Indian journal of veterinary science and animal husbandry - Volume 11,
Year: 1941
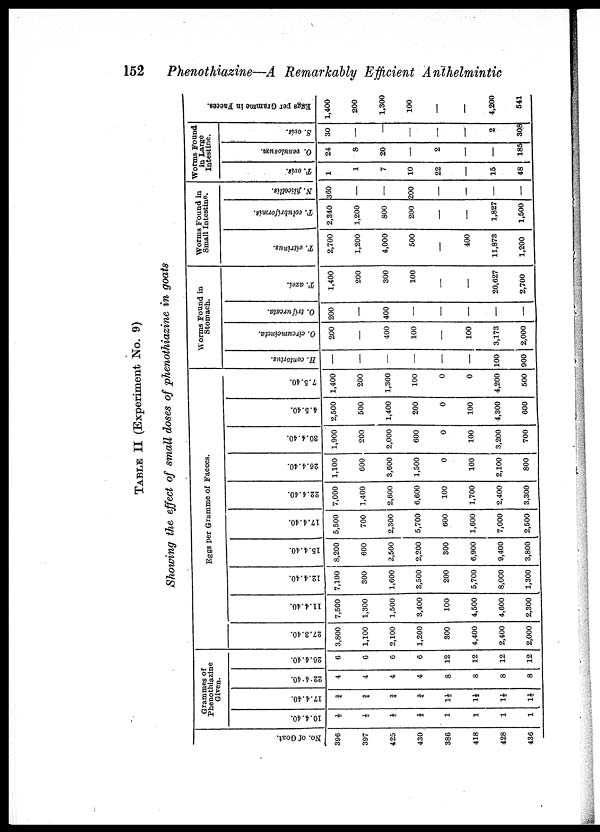
152 Phenothiazine—A Remarkably Efficient Anthelmintic
TABLE II (Experiment No. 9)
Showing the effect of small doses of phenothiazine in goats
No. of Goat.
396
397
425
430
386
418
428
436
Grammes of
Phenothiazine
Given.
10.4.40.
½
½
½
½
1
1
1
1
17.4.40.
¾
¾
¾
¾
1½
1½
1½
1½
22.4.40.
4
4
4
4
8
8
8
8
26.4.40.
6
6
6
6
12
12
12
12
Eggs per Gramme of Faeces.
27.3.40.
3,800
1,100
2,100
1,200
300
4,400
2,400
2,000
11.4.40.
7,500
1,300
1,500
3,400
100
4,500
4,600
2,300
12.4.40.
7,100
300
1,600
3,500
200
5,700
8,000
1,300
15.4.40.
8,200
600
2,500
2,200
300
6,900
9,400
3,800
17.4.40.
5,500
700
2,300
5,700
600
1,600
7,000
2,500
22.4.40.
7,000
1,400
2,600
6,600
100
1,700
2,400
3,300
26.4.40.
1,100
600
3,600
1,500
0
100
2,100
800
30.4.40.
1,900
200
2,000
600
0
100
3,200
700
4.5.40.
2,500
500
1,400
200
0
100
4,300
600
7.5.40.
1,400
200
1,300
100
0
0
4,200
500
Worms Found in
Stomach.
H. contortus.
—
—
—
—
—
—
100
900
O.
circumcincta.
200
—
400
100
—
100
3,173
2,000
O. trifurcata.
200
—
400
—
—
—
—
—
T. axei.
1,400
200
300
100
—
—
20,627
2,700
Worms Found in
Small Intestine.
T. vitrinus.
2,700
1,200
4,000
500
—
400
11,873
1,200
T. colubriformis.
2,340
1,200
800
200
—
—
1,827
1,500
N. filicollis.
360
—
—
200
—
—
—
—
Worms Found
in Large
Intestine.
T. ovis.
1
1
7
10
22
—
15
48
O. venulosum.
24
8
20
—
2
—
—
185
S, ovis.
30
—
—
—
—
—
2
308
Eggs per Gramme in Faeces
1,400
200
1,300
100
—
—
4,200
541